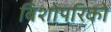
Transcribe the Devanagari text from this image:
बिशोपरिकों